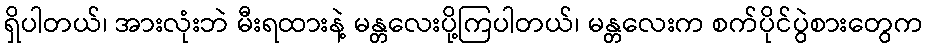
ရှိပါတယ်၊ အားလုံးဘဲ မီးရထားနဲ့ မန္တလေးပို့ကြပါတယ်၊ မန္တလေးက စက်ပိုင်ပွဲစားတွေက